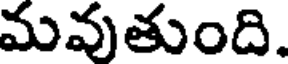
మవుతుంది.